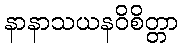
နာနာသယနဝိစိတ္တာ